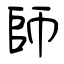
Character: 師